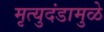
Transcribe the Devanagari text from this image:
मृत्युदंडामुळे